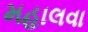
મહાલવા